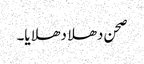
صحن دھلا دھلایا۔